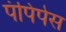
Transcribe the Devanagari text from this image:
पंपिपेस